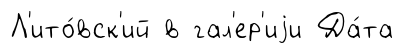
Л'ито́вск'ий в гал'ер'иjи Да́та